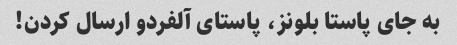
به جای پاستا بلونز، پاستای آلفردو ارسال کردن!